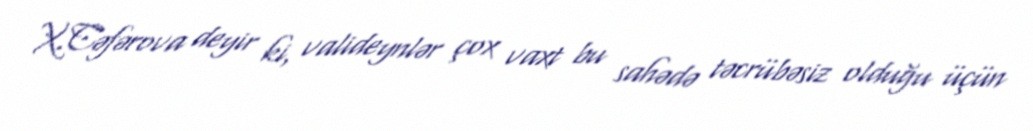
X.Cəfərova deyir ki, valideynlər çox vaxt bu sahədə təcrübəsiz olduğu üçün